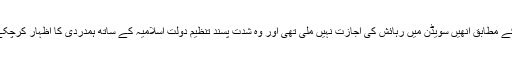
پولیس کے مطابق انھیں سویڈن میں رہائش کی اجازت نہیں ملی تھی اور وہ شدت پسند تنظیم دولت اسلامیہ کے ساتھ ہمدردی کا اظہار کرچکے تھے۔